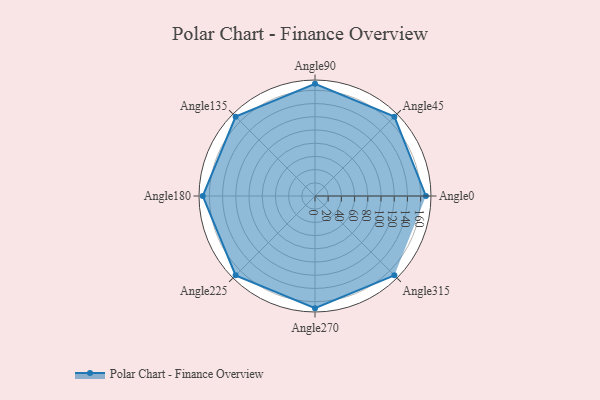
{"axis": {"x": "Angle", "y": "Radius"}, "legend": [""], "data": [{"x": "Angle0", "y": 168.0, "type": ""}, {"x": "Angle45", "y": 170, "type": ""}, {"x": "Angle90", "y": 170, "type": ""}, {"x": "Angle135", "y": 170, "type": ""}, {"x": "Angle180", "y": 170, "type": ""}, {"x": "Angle225", "y": 170, "type": ""}, {"x": "Angle270", "y": 170, "type": ""}, {"x": "Angle315", "y": 170, "type": ""}]}